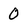
Character: 0